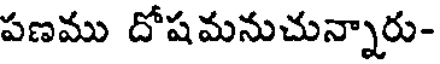
పణము దోషమనుచున్నారు-